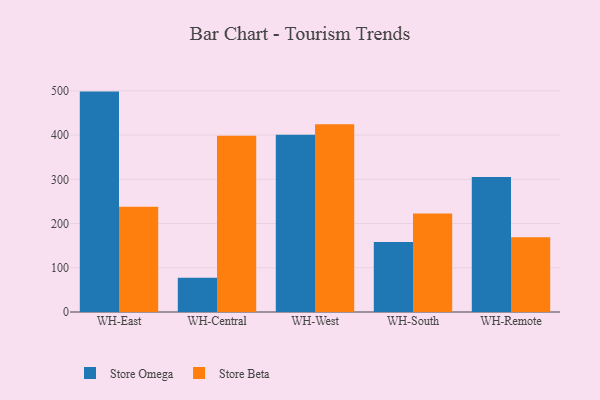
{"axis": {"x": "Warehouse", "y": "Tickets Resolved"}, "legend": ["Store Beta", "Store Omega"], "data": [{"x": "WH-East", "y": 498.3, "type": "Store Omega"}, {"x": "WH-East", "y": 238.2, "type": "Store Beta"}, {"x": "WH-Central", "y": 77.3, "type": "Store Omega"}, {"x": "WH-Central", "y": 398.4, "type": "Store Beta"}, {"x": "WH-West", "y": 400.8, "type": "Store Omega"}, {"x": "WH-West", "y": 424.2, "type": "Store Beta"}, {"x": "WH-South", "y": 158.2, "type": "Store Omega"}, {"x": "WH-South", "y": 222.8, "type": "Store Beta"}, {"x": "WH-Remote", "y": 305.0, "type": "Store Omega"}, {"x": "WH-Remote", "y": 168.8, "type": "Store Beta"}]}